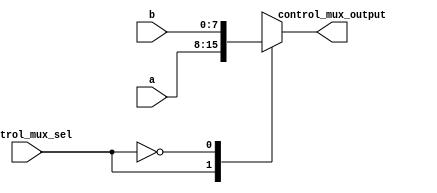
module Control_mux
(
	input[7:0] a,b,
	input control_mux_sel,
	output reg[7:0] control_mux_output
);

	always @ (*)
	begin
		case (control_mux_sel)
		1'b1: control_mux_output = a;
		1'b0: control_mux_output = b;
		endcase
	end
	
endmodule